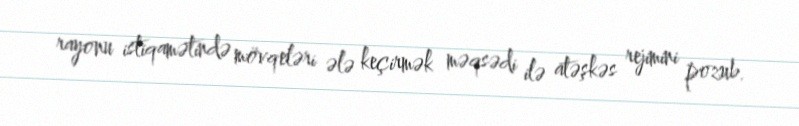
rayonu istiqamətində mövqeləri ələ keçirmək məqsədi ilə atəşkəs rejimini pozub.